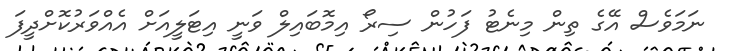
ނަމަވެސް އޭގެ ތިން މިނެޓު ފަހުން ސިރޯ އިމޮބައިލް ވަނީ އިޓަލީއަށް އެއްވަރުކޮށްދީފަ